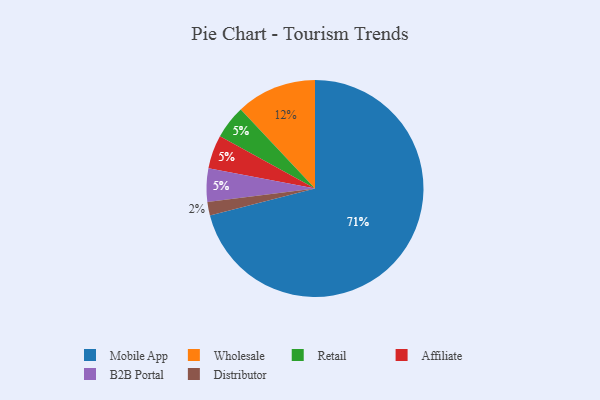
{"axis": {"x": "Category", "y": "Percentage"}, "legend": ["Affiliate", "B2B Portal", "Distributor", "Mobile App", "Retail", "Wholesale"], "data": [{"x": "Distributor", "y": 2, "type": "Distributor"}, {"x": "Wholesale", "y": 12, "type": "Wholesale"}, {"x": "Mobile App", "y": 71, "type": "Mobile App"}, {"x": "Retail", "y": 5, "type": "Retail"}, {"x": "Affiliate", "y": 5, "type": "Affiliate"}, {"x": "B2B Portal", "y": 5, "type": "B2B Portal"}]}